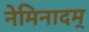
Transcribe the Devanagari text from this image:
नेमिनादम्